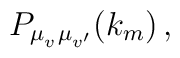
P_{\mu_{v^{\vphantom{\prime}}} \mu_{v'}}(k_m) \,,